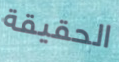
الحقيقة